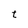
Character: t